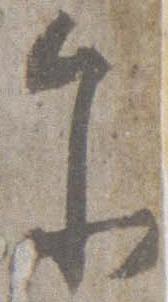
参